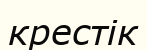
крестік